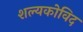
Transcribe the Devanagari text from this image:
शल्यकोविद